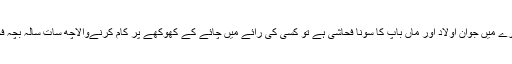
کوئی کہتا ہےکہ ایک ہی کمرے میں جوان اولاد اور ماں باپ کا سونا فحاشی ہے تو کسی کی رائے میں چائے کے کھوکھے پر کام کرنےوالاچھ سات سالہ بچہ فحاشی کی کلاسیکی مثال ہے!